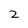
Character: 2